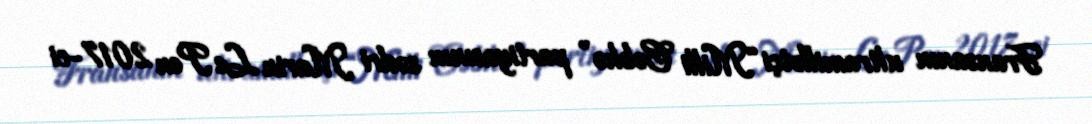
Fransanın ultramillətçi “Milli Cəbhə” partiyasının sədri Marin Le Pen 2017-ci